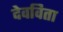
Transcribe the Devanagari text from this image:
देवविता